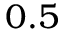
0 . 5